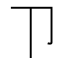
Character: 𰆊